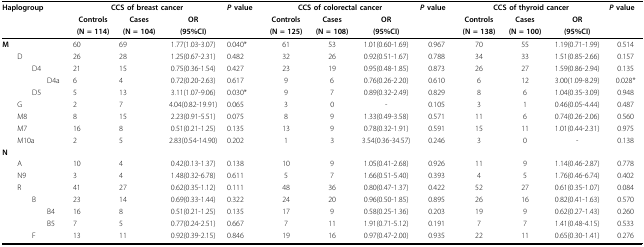
<table><thead><tr><td><b>Haplogroup</b></td><td colspan="3"><b>CCS of breast cancer</b></td><td><b><i>P </i>value</b></td><td colspan="3"><b>CCS of colorectal cancer</b></td><td><b><i>P </i>value</b></td><td colspan="3"><b>CCS of thyroid cancer</b></td><td><b><i>P </i>value</b></td></tr><tr><td></td><td><b>Controls</b></td><td><b>Cases</b></td><td><b>OR</b></td><td></td><td><b>Controls</b></td><td><b>Cases</b></td><td><b>OR</b></td><td></td><td><b>Controls</b></td><td><b>Cases</b></td><td><b>OR</b></td><td></td></tr><tr><td></td><td><b>(N = 114)</b></td><td><b>(N = 104)</b></td><td><b>(95%CI)</b></td><td></td><td><b>(N = 125)</b></td><td><b>(N = 108)</b></td><td><b>(95%CI)</b></td><td></td><td><b>(N = 138)</b></td><td><b>(N = 100)</b></td><td><b>(95%CI)</b></td><td></td></tr></thead><tbody><tr><td><b>M</b></td><td>60</td><td>69</td><td>1.77(1.03-3.07)</td><td>0.040*</td><td>61</td><td>53</td><td>1.01(0.60-1.69)</td><td>0.967</td><td>70</td><td>55</td><td>1.19(0.71-1.99)</td><td>0.514</td></tr><tr><td> D</td><td>26</td><td>28</td><td>1.25(0.67-2.31)</td><td>0.482</td><td>32</td><td>26</td><td>0.92(0.51-1.67)</td><td>0.788</td><td>34</td><td>33</td><td>1.51(0.85-2.66)</td><td>0.157</td></tr><tr><td>D4</td><td>21</td><td>15</td><td>0.75(0.36-1.54)</td><td>0.427</td><td>23</td><td>19</td><td>0.95(0.48-1.85)</td><td>0.873</td><td>26</td><td>27</td><td>1.59(0.86-2.94)</td><td>0.135</td></tr><tr><td>D4a</td><td>6</td><td>4</td><td>0.72(0.20-2.63)</td><td>0.617</td><td>9</td><td>6</td><td>0.76(0.26-2.20)</td><td>0.610</td><td>6</td><td>12</td><td>3.00(1.09-8.29)</td><td>0.028*</td></tr><tr><td>D5</td><td>5</td><td>13</td><td>3.11(1.07-9.06)</td><td>0.030*</td><td>9</td><td>7</td><td>0.89(0.32-2.49)</td><td>0.829</td><td>8</td><td>6</td><td>1.04(0.35-3.09)</td><td>0.948</td></tr><tr><td> G</td><td>2</td><td>7</td><td>4.04(0.82-19.91)</td><td>0.065</td><td>3</td><td>0</td><td>-</td><td>0.105</td><td>3</td><td>1</td><td>0.46(0.05-4.44)</td><td>0.487</td></tr><tr><td> M8</td><td>8</td><td>15</td><td>2.23(0.91-5.51)</td><td>0.075</td><td>8</td><td>9</td><td>1.33(0.49-3.58)</td><td>0.571</td><td>11</td><td>6</td><td>0.74(0.26-2.06)</td><td>0.560</td></tr><tr><td> M7</td><td>16</td><td>8</td><td>0.51(0.21-1.25)</td><td>0.135</td><td>13</td><td>9</td><td>0.78(0.32-1.91)</td><td>0.591</td><td>15</td><td>11</td><td>1.01(0.44-2.31)</td><td>0.975</td></tr><tr><td> M10a</td><td>2</td><td>5</td><td>2.83(0.54-14.90)</td><td>0.202</td><td>1</td><td>3</td><td>3.54(0.36-34.57)</td><td>0.246</td><td>3</td><td>0</td><td>-</td><td>0.138</td></tr><tr><td><b>N</b></td><td></td><td></td><td></td><td></td><td></td><td></td><td></td><td></td><td></td><td></td><td></td><td></td></tr><tr><td> A</td><td>10</td><td>4</td><td>0.42(0.13-1.37)</td><td>0.138</td><td>10</td><td>9</td><td>1.05(0.41-2.68)</td><td>0.926</td><td>11</td><td>9</td><td>1.14(0.46-2.87)</td><td>0.778</td></tr><tr><td> N9</td><td>3</td><td>4</td><td>1.48(0.32-6.78)</td><td>0.611</td><td>5</td><td>7</td><td>1.66(0.51-5.40)</td><td>0.393</td><td>4</td><td>5</td><td>1.76(0.46-6.74)</td><td>0.402</td></tr><tr><td> R</td><td>41</td><td>27</td><td>0.62(0.35-1.12)</td><td>0.111</td><td>48</td><td>36</td><td>0.80(0.47-1.37)</td><td>0.422</td><td>52</td><td>27</td><td>0.61(0.35-1.07)</td><td>0.084</td></tr><tr><td>B</td><td>23</td><td>14</td><td>0.69(0.33-1.44)</td><td>0.322</td><td>24</td><td>20</td><td>0.96(0.50-1.85)</td><td>0.895</td><td>26</td><td>16</td><td>0.82(0.41-1.63)</td><td>0.570</td></tr><tr><td>B4</td><td>16</td><td>8</td><td>0.51(0.21-1.25)</td><td>0.135</td><td>17</td><td>9</td><td>0.58(0.25-1.36)</td><td>0.203</td><td>19</td><td>9</td><td>0.62(0.27-1.43)</td><td>0.260</td></tr><tr><td>B5</td><td>7</td><td>5</td><td>0.77(0.24-2.51)</td><td>0.667</td><td>7</td><td>11</td><td>1.91(0.71-5.12)</td><td>0.191</td><td>7</td><td>7</td><td>1.41(0.48-4.15)</td><td>0.533</td></tr><tr><td>F</td><td>13</td><td>11</td><td>0.92(0.39-2.15)</td><td>0.846</td><td>19</td><td>16</td><td>0.97(0.47-2.00)</td><td>0.935</td><td>22</td><td>11</td><td>0.65(0.30-1.41)</td><td>0.276</td></tr></tbody></table>